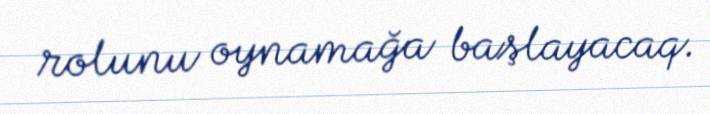
rolunu oynamağa başlayacaq.